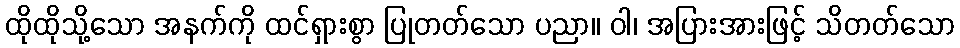
ထိုထိုသို့သော အနက်ကို ထင်ရှားစွာ ပြုတတ်သော ပညာ။ ဝါ၊ အပြားအားဖြင့် သိတတ်သော